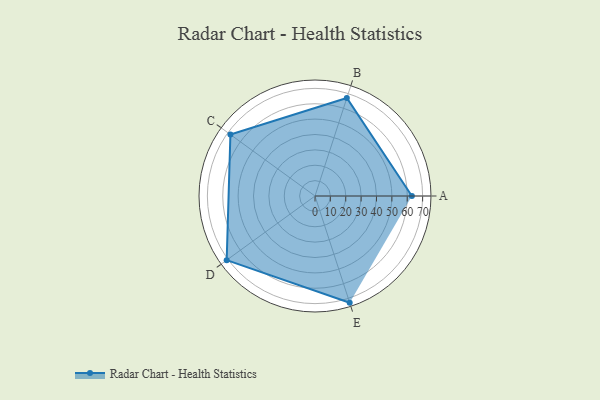
{"axis": {"x": "Skill", "y": "Score"}, "legend": ["Profile"], "data": [{"x": "A", "y": 63.0, "type": "Profile"}, {"x": "B", "y": 67.0, "type": "Profile"}, {"x": "C", "y": 68.0, "type": "Profile"}, {"x": "D", "y": 71.0, "type": "Profile"}, {"x": "E", "y": 73.0, "type": "Profile"}]}